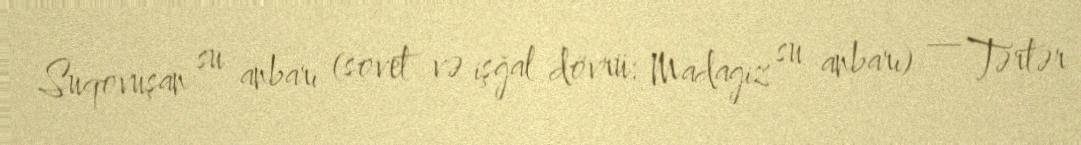
Suqovuşan su anbarı (sovet və işğal dövrü: Madagiz su anbarı) — Tərtər